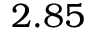
2 . 8 5